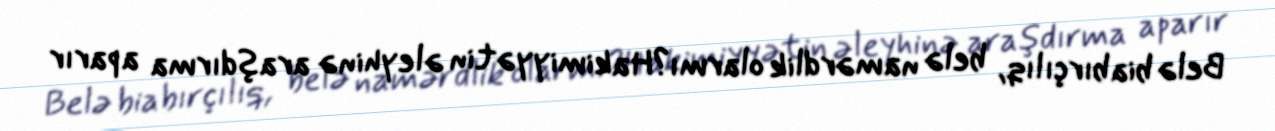
Belə biabırçılıq, belə namərdlik olarmı?Hakimiyyətin əleyhinə araşdırma aparır